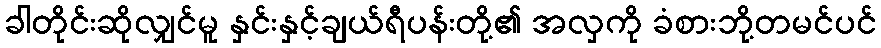
ခါတိုင်းဆိုလျှင်မူ နှင်းနှင့်ချယ်ရီပန်းတို့၏ အလှကို ခံစားဘို့တမင်ပင်